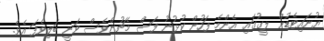
ޔުނައިޓެޑުން ލީގުގައި އެންމެ ފަހުން ކުޅުނު ފަސް މެޗުންވެސް ވަނީ ބަލިވެފަ އެވެ.